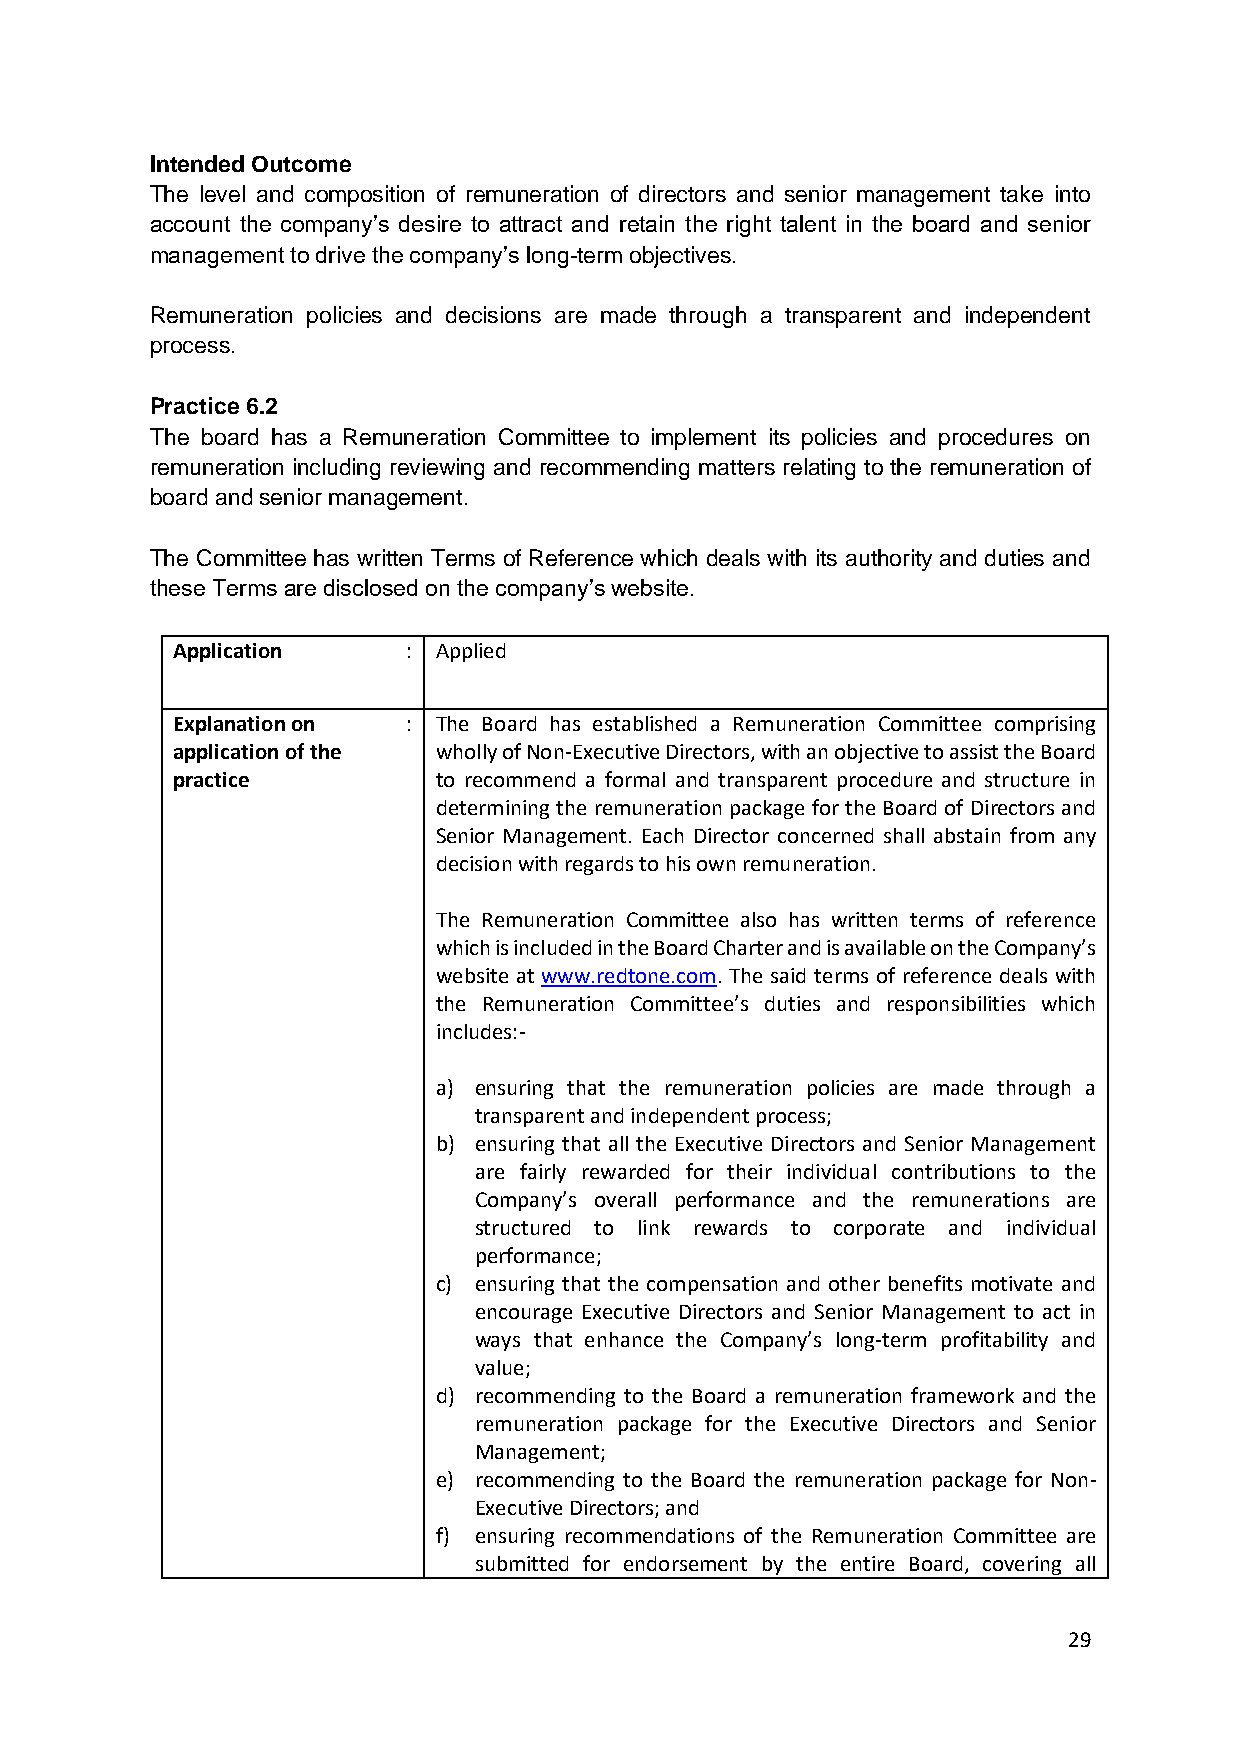
Intended Outcome
 The level and composition of remuneration of directors and senior management take into
 account the company’s desire to attract and retain the right talent in the board and senior
 management to drive the company’s long-term objectives.
 Remuneration policies and decisions are made through a transparent and independent
 process.
 Practice 6.2
 The board has a Remuneration Committee to implement its policies and procedures on
 remuneration including reviewing and recommending matters relating to the remuneration of
 board and senior management.
 The Committee has written Terms of Reference which deals with its authority and duties and
 these Terms are disclosed on the company’s website.
 Application     : Applied
 Explanation on  : The Board has established a Remuneration Committee comprising
 application of the wholly of Non-Executive Directors, with an objective to assist the Board
 practice          to recommend a formal and transparent procedure and structure in
 determining the remuneration package for the Board of Directors and
 Senior Management. Each Director concerned shall abstain from any
 decision with regards to his own remuneration.
 The Remuneration Committee also has written terms of reference
 which is included in the Board Charter and is available on the Company’s
 website at www.redtone.com. The said terms of reference deals with
 the Remuneration Committee’s duties and responsibilities which
 includes:-
 a) ensuring that the remuneration policies are made through a
 transparent and independent process;
 b) ensuring that all the Executive Directors and Senior Management
 are fairly rewarded for their individual contributions to the
 Company’s overall performance and the remunerations are
 structured to link rewards to corporate and individual
 performance;
 c) ensuring that the compensation and other benefits motivate and
 encourage Executive Directors and Senior Management to act in
 ways that enhance the Company’s long-term profitability and
 value;
 d) recommending to the Board a remuneration framework and the
 remuneration package for the Executive Directors and Senior
 Management;
 e) recommending to the Board the remuneration package for Non-
 Executive Directors; and
 f) ensuring recommendations of the Remuneration Committee are
 submitted for endorsement by the entire Board, covering all
 29